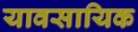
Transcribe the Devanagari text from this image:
यावसायिक